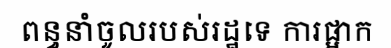
ពន្ធនាំចូលរបស់រដ្ឋទេ ការផ្អាក